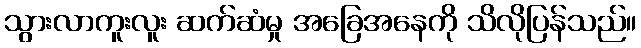
သွားလာကူးလူး ဆက်ဆံမှု အခြေအနေကို သိလိုပြန်သည်။